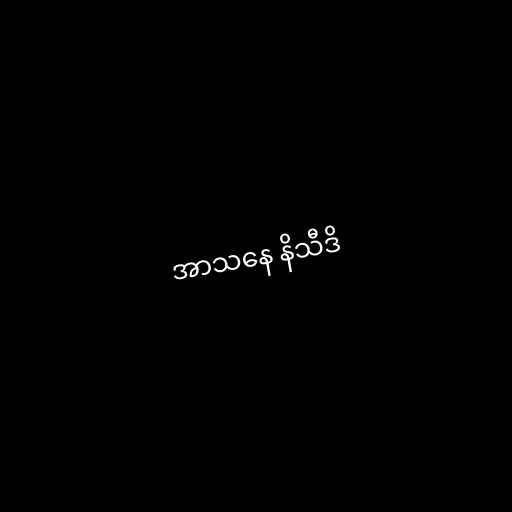
အာသနေ နိသီဒိ